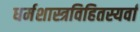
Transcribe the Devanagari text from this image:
धर्मशास्त्रविहितस्यर्वा